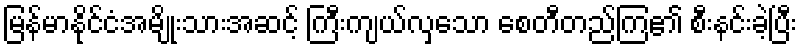
မြန်မာနိုင်ငံအမျိုးသားအဆင့် ကြီးကျယ်လှသော စေတီတည်ကြ၏ စီးနင်းခဲ့ပြီး